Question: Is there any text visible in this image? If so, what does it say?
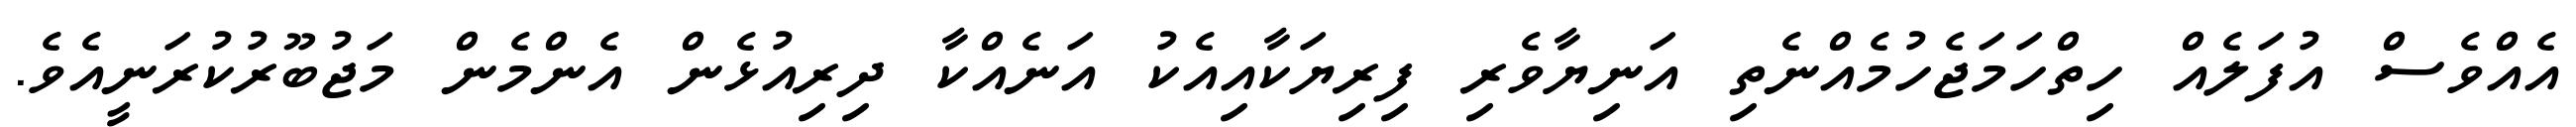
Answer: އެއްވެސް އުފަލެއް ހިތްހަމަޖެހުމެއްނެތި އަނިޔާވެރި ފިރިޔަކާއިއެކު އަނެއްކާ ދިރިއުޅެން އެންމެން މަޖުބޫރުކުރަނީއެވެ.